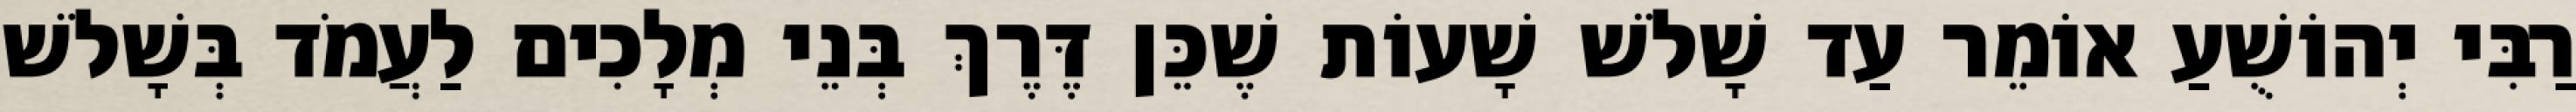
רַבִּי יְהוֹשֻׁעַ אוֹמֵר עַד שָׁלֹשׁ שָׁעוֹת שֶׁכֵּן דֶּרֶךְ בְּנֵי מְלָכִים לַעֲמֹד בְּשָׁלֹשׁ